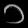
Digit: ၁